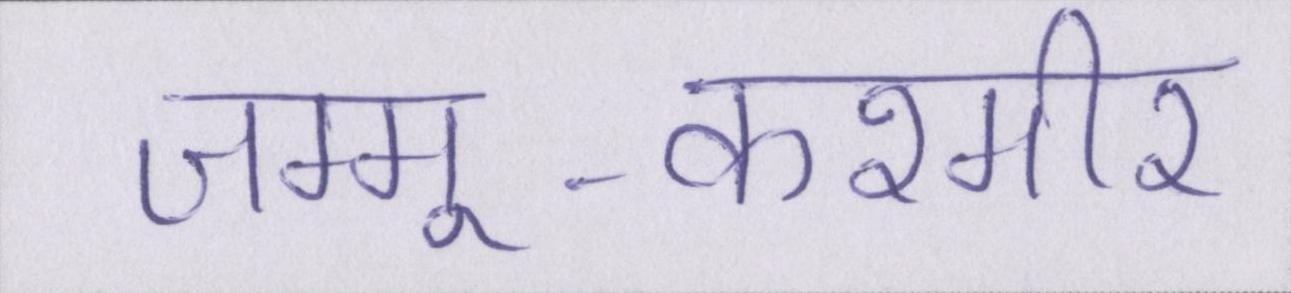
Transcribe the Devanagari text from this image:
जम्मू-कश्मीर